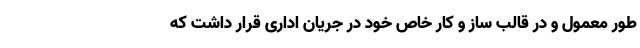
طور معمول و در قالب ساز و کار خاص خود در جریان اداری قرار داشت که